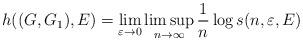
LaTeX: \begin{align*}h((G,G_1),E)=\lim_{\varepsilon\to0}\limsup_{n\to\infty}\frac{1}{n}\log s(n,\varepsilon, E)\end{align*}